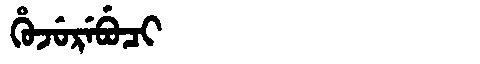
Manchu: ᡥᡠᠵᡠᡵᡝᠪᡠᠴᡳ
Romanization: HUJUREBUCI